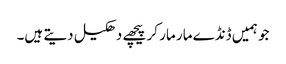
جو ہمیں ڈنڈے مار مار کر پیچھے دھکیل دیتے ہیں۔